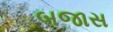
બજાસ